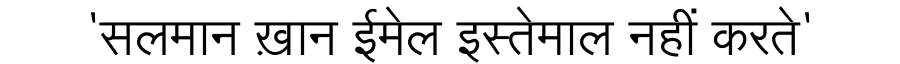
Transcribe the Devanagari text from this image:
'सलमान ख़ान ईमेल इस्तेमाल नहीं करते'